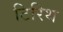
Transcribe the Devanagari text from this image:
टिरिथ